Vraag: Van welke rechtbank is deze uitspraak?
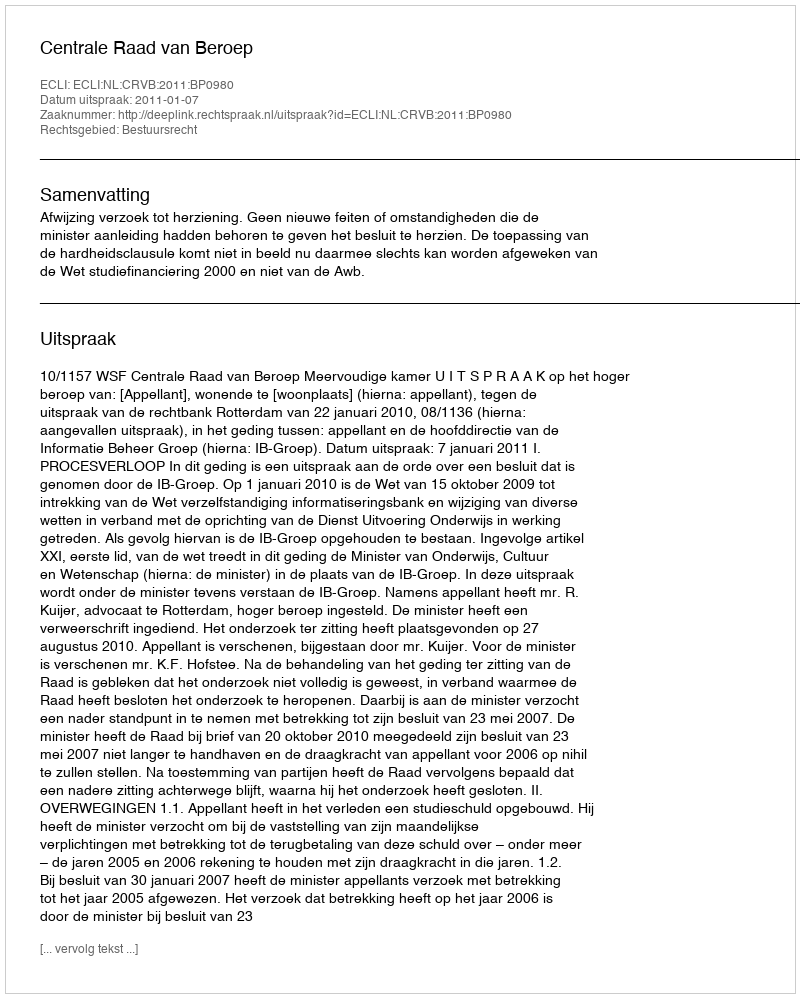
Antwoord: Centrale Raad van Beroep